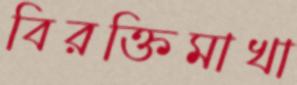
বিরক্তিমাখা